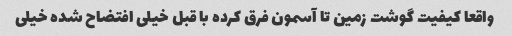
واقعا کیفیت گوشت زمین تا آسمون فرق کرده با قبل خیلی افتضاح شده خیلی